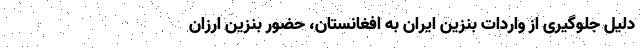
دلیل جلوگیری از واردات بنزین ایران به افغانستان، حضور بنزین ارزان